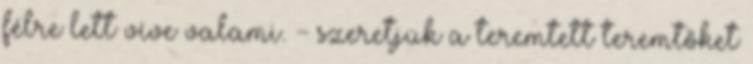
félre lett víve valami. - szeretjük a teremtett teremtőket